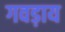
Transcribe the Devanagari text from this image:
गवड़ाय